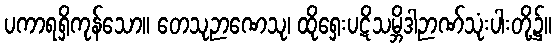
ပကာရရှိကုန်သော။ တေသုဉာဏေသု၊ ထိုရှေးပဋိသမ္ဘိဒါဉာဏ်သုံးပါးတို့၌။